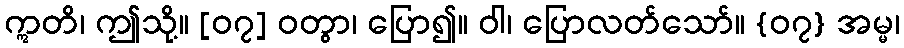
ဣတိ၊ ဤသို့။ [၀၇] ဝတွာ၊ ပြော၍။ ဝါ၊ ပြောလတ်သော်။ {၀၇} အမ္မ၊